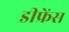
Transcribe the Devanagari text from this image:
डीफ्रेंस